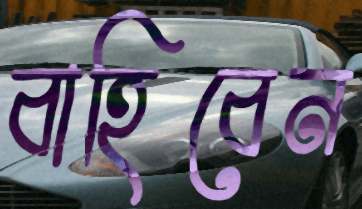
বাহিবেন